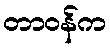
တာဝန်က